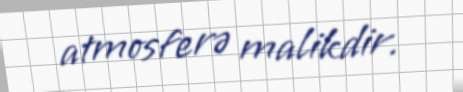
atmosferə malikdir.